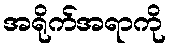
အရိုက်အရာကို